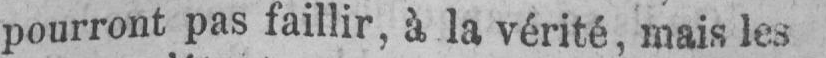
pourront pas faillir, à la vérité, mais les